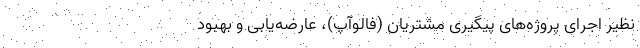
نظیر اجرای پروژه‌های پیگیری مشتریان (فالوآپ)، عارضه‌یابی و بهبود